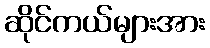
ဆိုင်ကယ်များအား